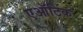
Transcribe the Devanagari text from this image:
एऑटिक